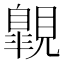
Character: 𧢌